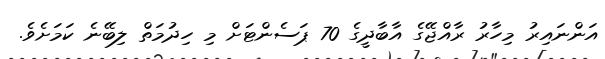
އަންނައިރު މިހާރު ރާއްޖޭގެ އާބާދީގެ 70 ޕަސެންޓަށް މި ހިދުމަތް ލިބޭނެ ކަމަށެވެ.